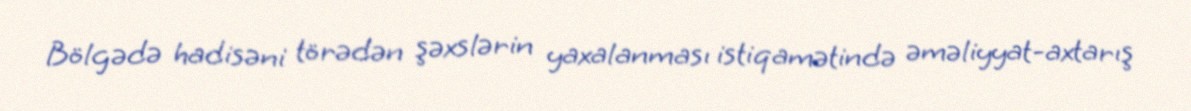
Bölgədə hadisəni törədən şəxslərin yaxalanması istiqamətində əməliyyat-axtarış